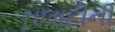
તલાટીની